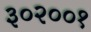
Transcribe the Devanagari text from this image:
३०२००१